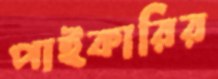
পাইকারির